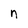
Character: n